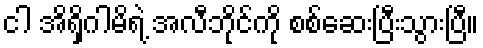
ငါ အိရှိဂါမိရဲ့ အလီဘိုင်ကို စစ်ဆေးပြီးသွားပြီ။